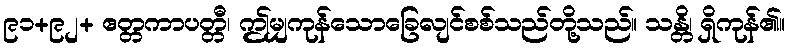
၉၁+၉၂+ ဧတ္တကာပတ္တီ၊ ဤမျှကုန်သောခြေလျင်စစ်သည်တို့သည်။ သန္တိ၊ ရှိကုန်၏။